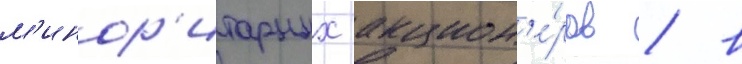
м'инор'итарных акцион'е́ров / в